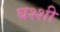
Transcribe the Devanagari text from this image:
घश्शी